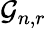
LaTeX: {\mathcal{G}}_{n,r}